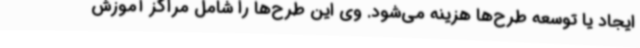
ایجاد یا توسعه طرح‌ها هزینه می‌شود. وی این طرح‌ها را شامل مراکز آموزش